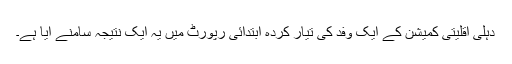
دہلی اقلیتی کمیشن کے ایک وفد کی تیار کردہ ابتدائی رپورٹ میں یہ ایک نتیجہ سامنے آیا ہے۔